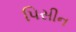
પિસીન